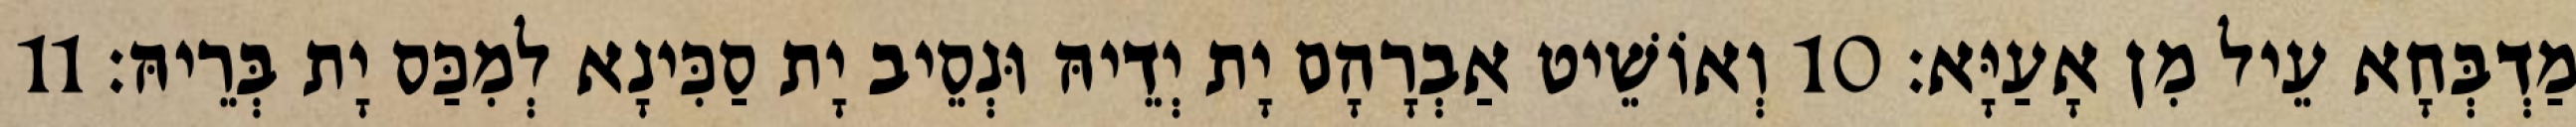
מַדְבְּחָא עֵיל מִן אָעַיָּא׃ 10 וְאוֹשֵׁיט אַבְרָהָם יָת יְדֵיהּ וּנְסֵיב יָת סַכִּינָא לְמִכַּס יָת בְּרֵיהּ׃ 11